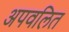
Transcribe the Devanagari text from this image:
अपवलित